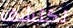
نكتشف